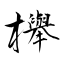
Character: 櫸